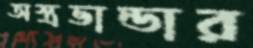
অস্ত্রভান্ডার